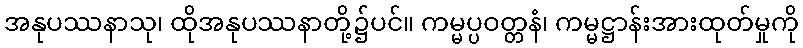
အနုပဿနာသု၊ ထိုအနုပဿနာတို့၌ပင်။ ကမ္မပ္ပဝတ္တနံ၊ ကမ္မဋ္ဌာန်းအားထုတ်မှုကို